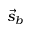
{ \vec { s } } _ { b }